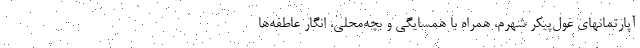
آپارتمانهای غول‌پیکر شهرم، همراه با همسایگی و بچه‌محلی، انگار عاطفه‌ها